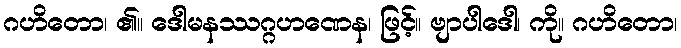
ဂဟိတော၊ ၏။ ဒေါမနဿဂ္ဂဟဏေန၊ ဖြင့်။ ဗျာပါဒေါ၊ ကို။ ဂဟိတော၊